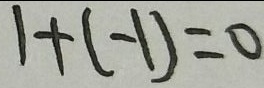
1 + ( - 1 ) = 0